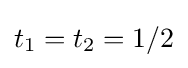
t_{1}=t_{2}=1/2